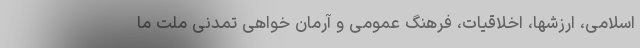
اسلامی، ارزشها، اخلاقیات، فرهنگ عمومی و آرمان خواهی تمدنی ملت ما